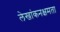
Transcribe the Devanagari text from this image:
लेखांकनक्षमता